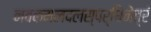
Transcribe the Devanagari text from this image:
नवकमलदलस्पर्धिनेत्रं